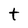
Character: t